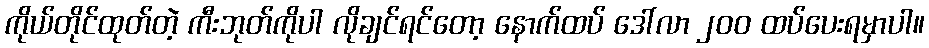
ကိုယ်တိုင်ထုတ်တဲ့ ကီးဘုတ်ကိုပါ လိုချင်ရင်တော့ နောက်ထပ် ဒေါ်လာ ၂၀၀ ထပ်ပေးရမှာပါ။